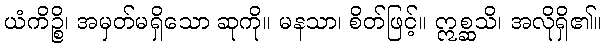
ယံကိဉ္စိ၊ အမှတ်မရှိသော ဆုကို။ မနသာ၊ စိတ်ဖြင့်။ ဣစ္ဆသိ၊ အလိုရှိ၏။